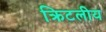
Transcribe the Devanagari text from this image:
क्रिटलीय